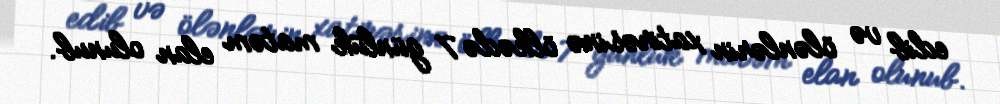
edib və ölənlərin xatirəsinə ölkədə 7 günlük matəm elan olunub.